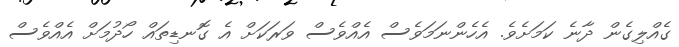
ގެއްލިގެން ދާނެ ކަމަށެވެ. އެހެންނަމަވެސް އެއްވެސް ވަރަކަށް އެ ގޮނޑިތައް ހޯދުމަށް އެއްވެސް